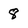
Character: 8